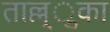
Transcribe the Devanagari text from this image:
ताल्ल्ुका